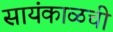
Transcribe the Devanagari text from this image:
सायंकाळची